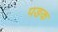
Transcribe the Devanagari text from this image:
पङक